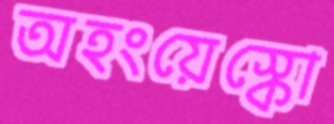
অহংয়েস্কো